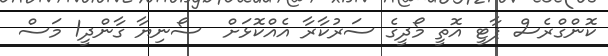
ކޮންގްރެސް ޕާޓީ އޮތީ މޯދީގެ ސަރުކާރާ އެއްކޮޅަށް  ސޯނިޔާ ގާންދީ1 މަސް